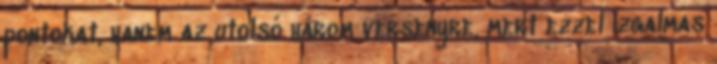
pontokat, hanem az utolsó három versenyre, mert ezzel izgalmas